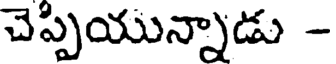
చెప్పియున్నాడు -